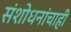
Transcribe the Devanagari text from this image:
संशोधनांचाही